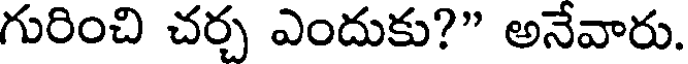
గురించి చర్చ ఎందుకు?" అనేవారు.